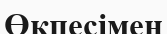
Өкпесімен